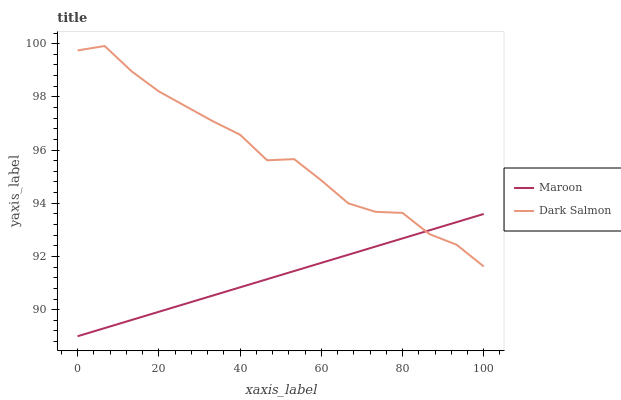
| xaxis_label | Maroon | Dark Salmon |
 | --- | --- | --- |
 | 0 | 89 | 99.7 |
 | 6.67 | 89.3 | 99.9 |
 | 13.3 | 89.6 | 99 |
 | 20 | 89.9 | 98.2 |
 | 26.7 | 90.2 | 97.6 |
 | 33.3 | 90.5 | 97.1 |
 | 40 | 90.8 | 96.6 |
 | 46.7 | 91.1 | 95.6 |
 | 53.3 | 91.5 | 95.7 |
 | 60 | 91.8 | 94.9 |
 | 66.7 | 92.1 | 94 |
 | 73.3 | 92.4 | 93.7 |
 | 80 | 92.7 | 93.6 |
 | 86.7 | 93 | 92.8 |
 | 93.3 | 93.3 | 92.4 |
 | 100 | 93.6 | 91.6 |